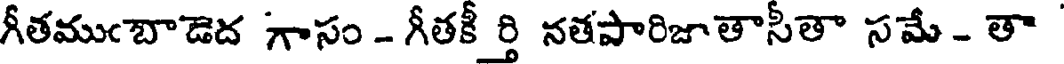
గీతముఁబాడెద గాసం - గీతకీ ర్తి నతపారిజాతాసీతా సమే - తా